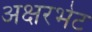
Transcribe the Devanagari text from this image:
अक्षरभेट